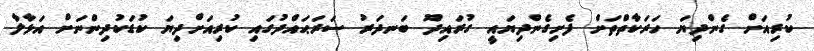
ކުރިއަށް ގެންދިޔަ ހަރަކާތްތަށް ފެށިގެންދިޔައީ ގުރައިދޫ ބަނދަރު ސަރަޙައްދުގައި ކުރިއަށްދިޔަ ކުޑަކުދިންނަށް އަޅާލާ